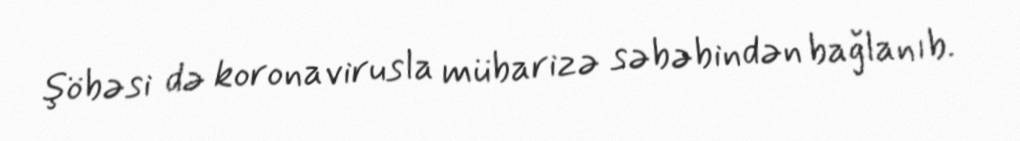
şöbəsi də koronavirusla mübarizə səbəbindən bağlanıb.